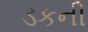
ડકની